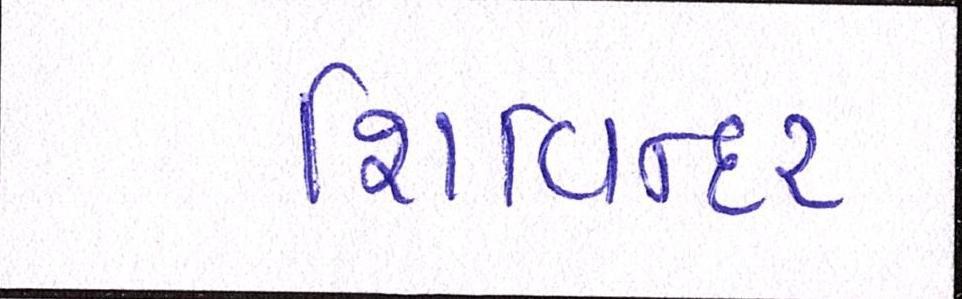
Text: શિવિન્દર